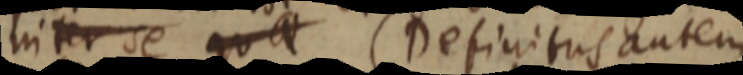
inter se qua (Definitus autem